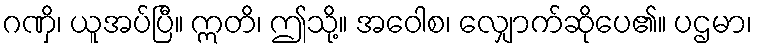
ဂဏှိ၊ ယူအပ်ပြီ။ ဣတိ၊ ဤသို့။ အဝေါစ၊ လျှောက်ဆိုပေ၏။ ပဌမာ၊